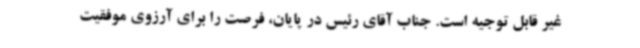
غیر قابل توجیه است. جناب آقای رئیس در پایان، فرصت را برای آرزوی موفقیت